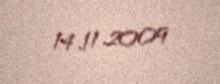
14.11.2009